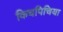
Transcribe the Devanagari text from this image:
किचपिचिया